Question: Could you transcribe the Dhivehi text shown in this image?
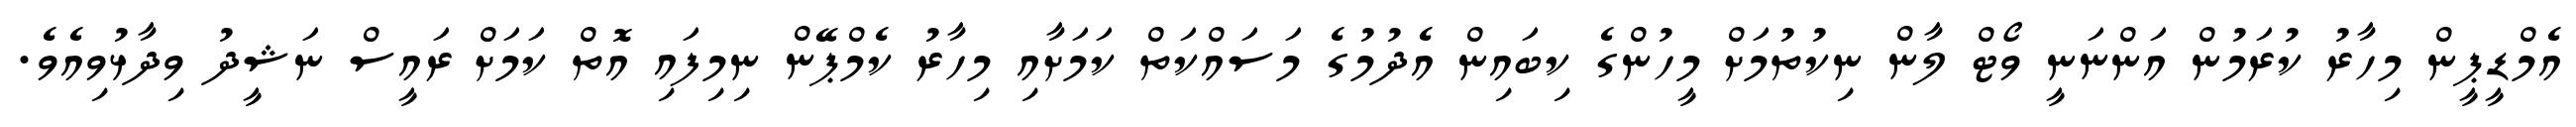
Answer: އެމްޑީޕީން މިހާރު ކުރަމުން އަންނަނީ ވޯޓް ލާން ނިކުތުމަށް މީހުންގެ ކިބައިން އެދުމުގެ މަސައްކަތް ކަމަށާއި މިހާރު ކެމްޕޭން ނިމިފައި އޮތް ކަމަށް ރައީސް ނަޝީދު ވިދާޅުވިއެވެ.